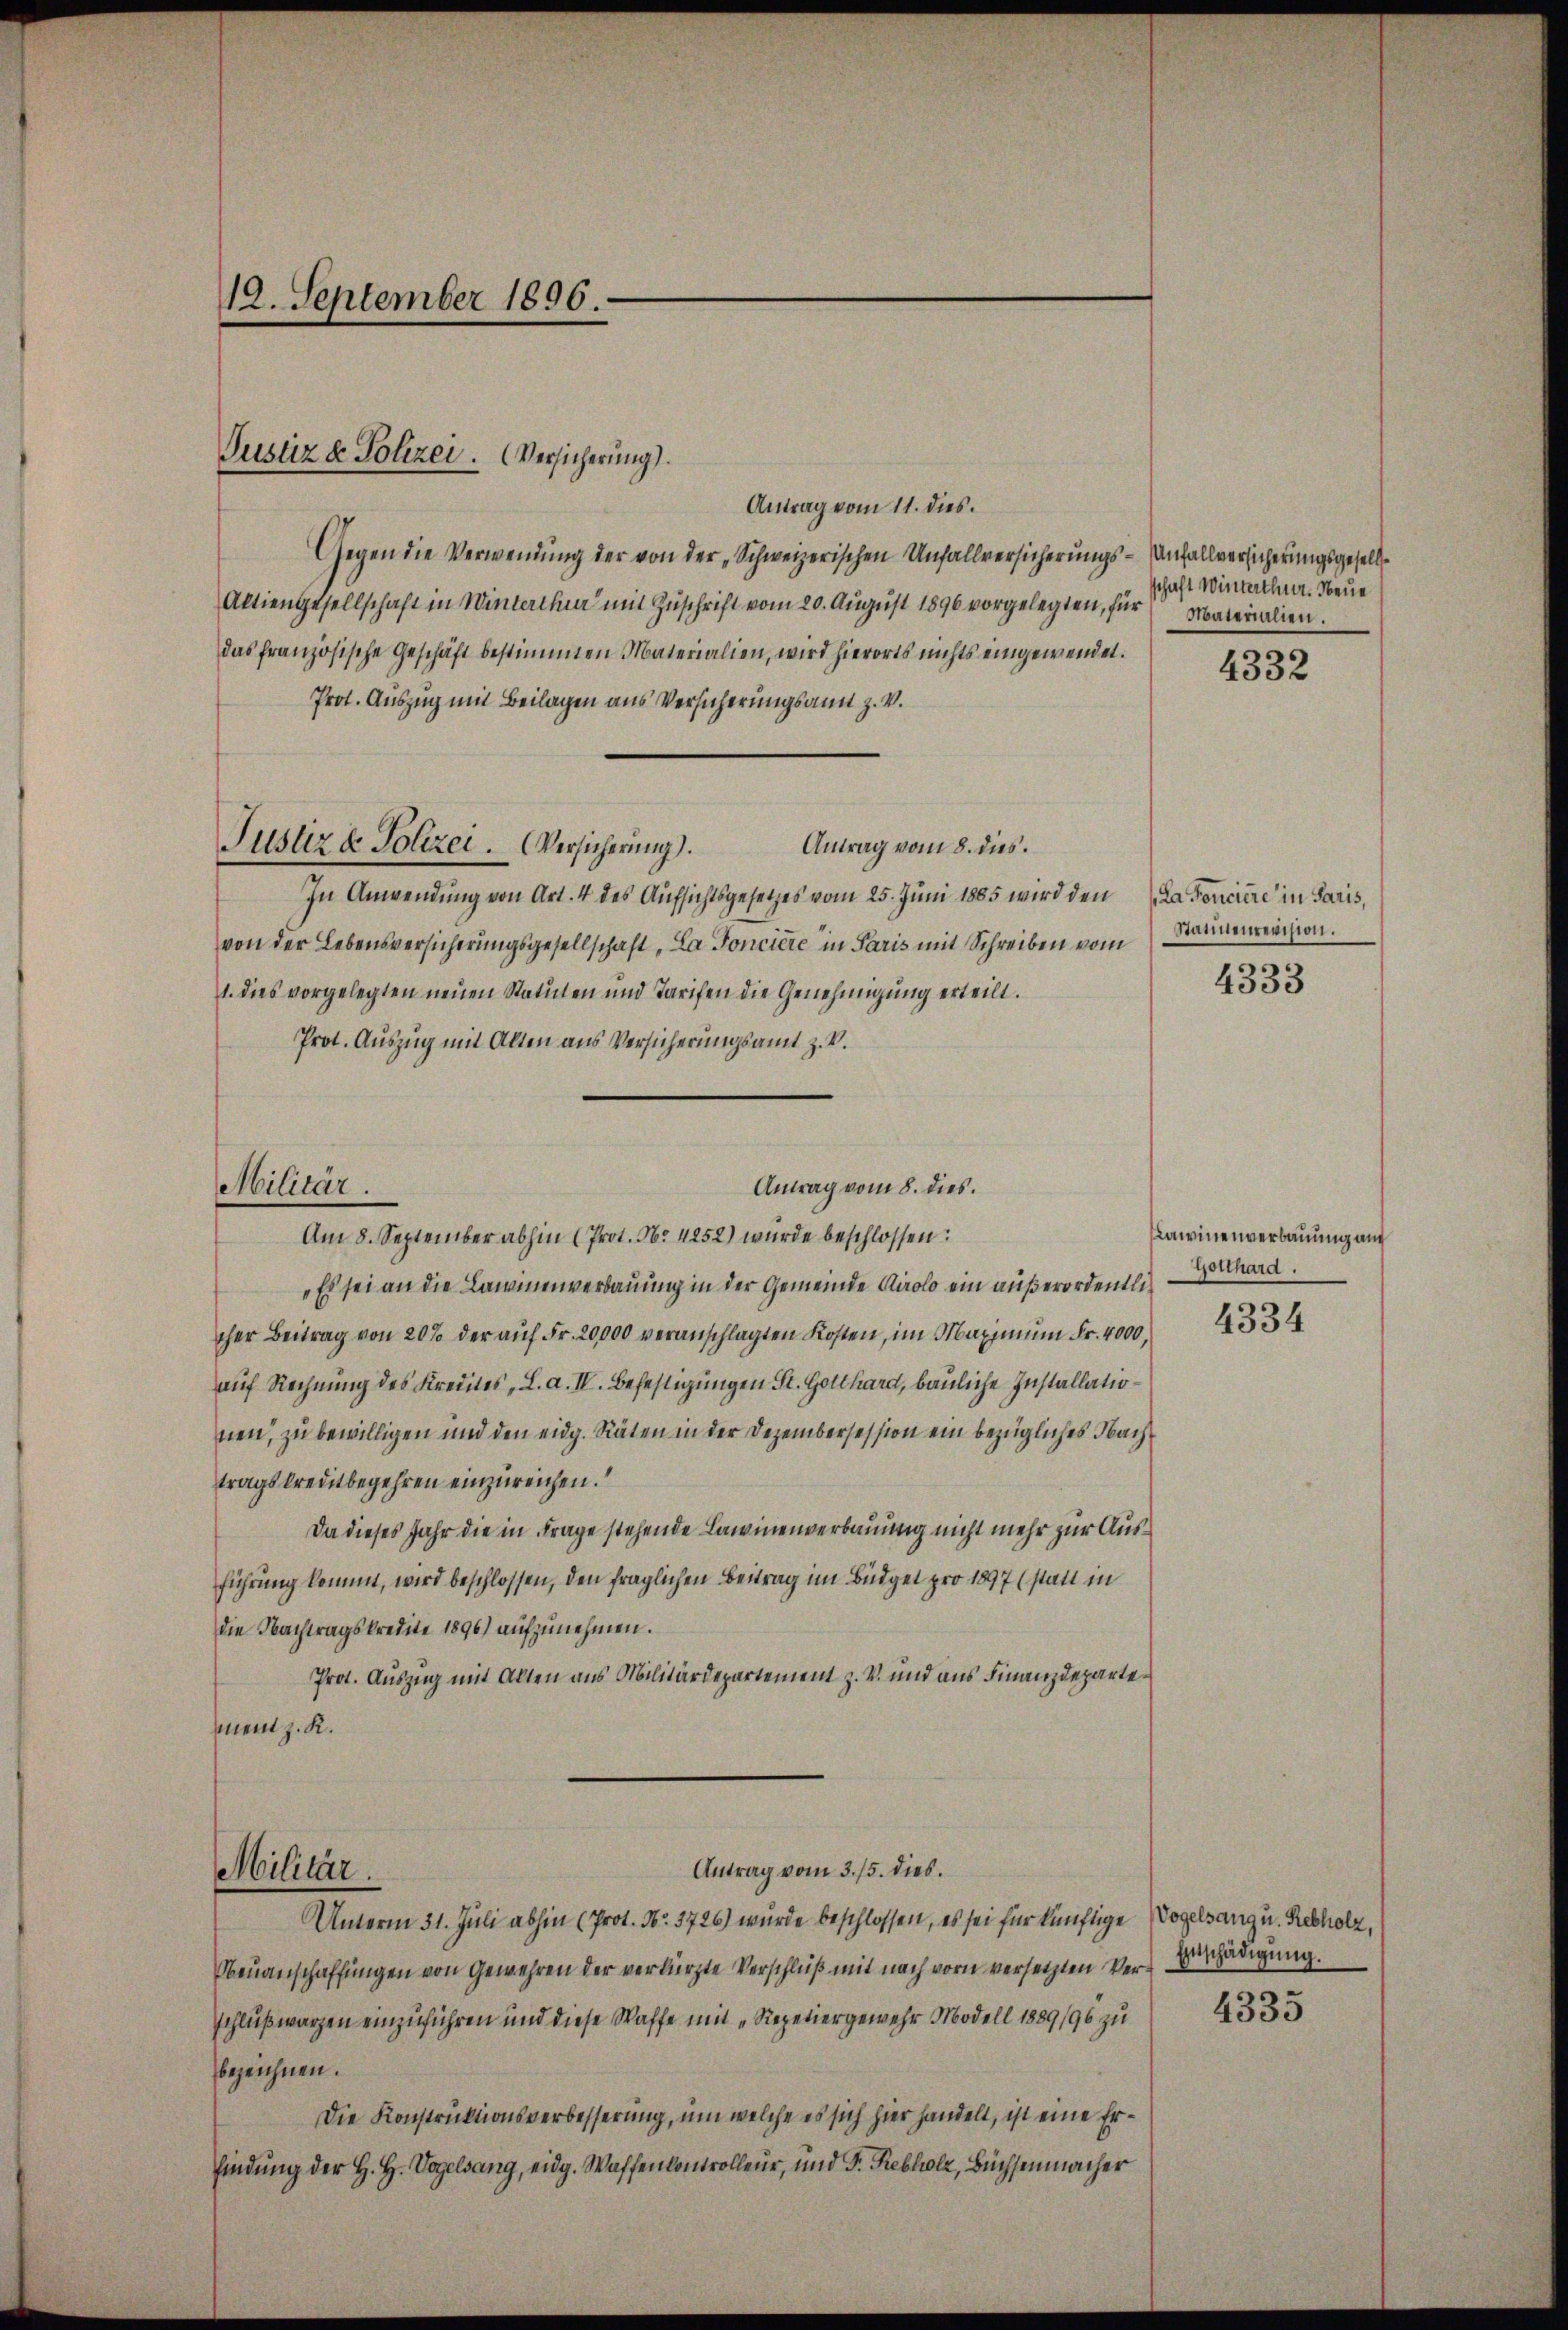
12. September 1896.

Justiz & Polizei. Versicherung).

Antrag vom 11. dies.
Gegen die Verwendung der von der „Schweizerischen Unfallversicherungs-Anfallversicherungsgesell¬
Aktiengesellschaft in Winterthur mit Zuschrift vom 20. August 1896 vorgelegten, für
das französische Geschäft bestimmten Materialien, wird hierorts nichts eingewendet.
Prot. Auszug mit Beilagen aus Versicherungsamt z. V.
Antrag vom 8. dies.
In Anwendung von Art. 4 des Aufsichtsgesetzes vom 25. Juni 1885 wird den La donciere in Paris,
von der Lebensversicherungsgesellschaft, La Poncière in Paris mit Schreiben vom Karnenrevision.
1. dies vorgelegten neuen Statuten und Tarifen die Genehmigung erteilt.
Prot. Auszug mit Alten aus Versicherungsamt z. B.
Am 8. September abhin (Prot. No. 4252) wurde beschlossen:
„Es sei an die Lawinenverbauung in der Gemeinde Airolo ein außerordentlicher Beitrag von 20% der aŭf Fr. 20,000 veranschlagten Kosten, im Maximum Fr. 4000,
auf Rechnung des Kredites, L. a. IV. Befestigungen St. Gotthard, bauliche Installationen, zu bewilligen und den eidg. Räten in der Dezembersession ein bezügliches Nachtragskreditbegehren einzureichen.
Da dieses Jahr die in Frage stehende Lawinenverbauung nicht mehr zur Ausführung kommt, wird beschlossen, den fraglichen Beitrag im Büdget pro 1897 (statt in
die Nachtragskredite 1896) aufzunehmen.
Prot. Auszug mit Alten aus Militärdepartement z. V. und aus Finanzdepartement z. R.
Antrag vom 3. 15. dies
Militär.
Unterm 31. Juli abhin (Prot. No. 3726) wurde beschlossen, es sei für künftige Vogelsang u. Rebholz,
Neuanschaffungen von Gewehren der verkürzte Verschluß mit nach vorn versetzten Vers Zuschädigung.
schlußwarzen einzuführen und diese Waffe mit „Repetiergewehr Modell 1889/96 zu
bezeichnen.
Die Konstruktionsverbesserung, um welche es sich hier handelt, ist eine Erfindung der H. H. Vogelsang, eidg. Waffenkontrolleur, und Fr. Rebholz, Büchsenmacher

Justiz & Polizei. Versicherung).

Militär.

Antrag vom 8. dies.

schaft Winterthur. Neue
Materialien.

4332

4333

Lawinenverbauung auf
Gotthard.
4334

4335